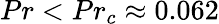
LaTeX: {Pr<Pr_{c}\approx 0.062}